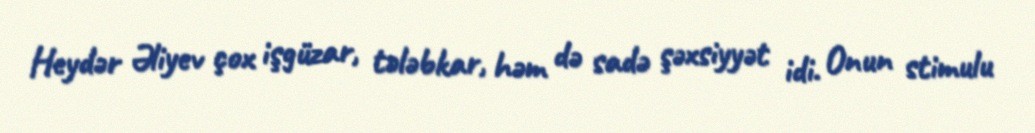
Heydər Əliyev çox işgüzar, tələbkar, həm də sadə şəxsiyyət idi. Onun stimulu